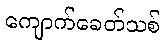
ကျောက်ခေတ်သစ်